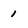
Character: 1